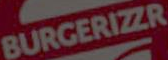
BURGERIZZR